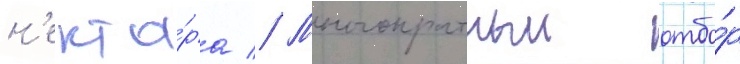
н'екта́ра // Многократныи отбо́р